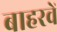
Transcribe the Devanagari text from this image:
बाहरवें